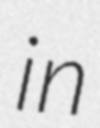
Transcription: in